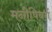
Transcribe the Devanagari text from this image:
मनीषिवर्ग